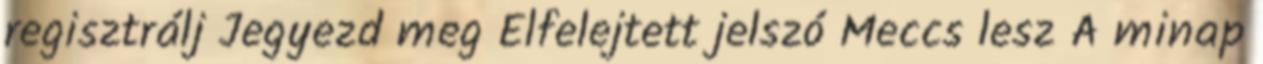
regisztrálj Jegyezd meg Elfelejtett jelszó Meccs lesz A minap